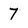
Character: 7